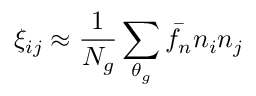
\xi _ { i j } \approx \frac { 1 } { N _ { g } } \sum _ { \theta _ { g } } \bar { f _ { n } } n _ { i } n _ { j }